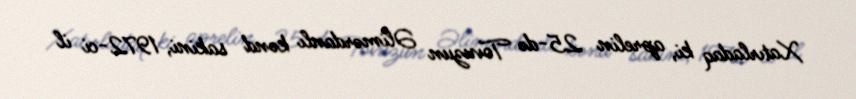
Xatırladaq ki, aprelin 25-də Tovuzun Əlimərdanlı kənd sakini, 1972-ci il